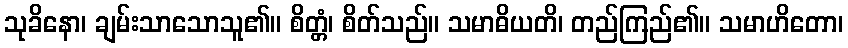
သုခိနော၊ ချမ်းသာသောသူ၏။ စိတ္တံ၊ စိတ်သည်။ သမာဓိယတိ၊ တည်ကြည်၏။ သမာဟိတော၊